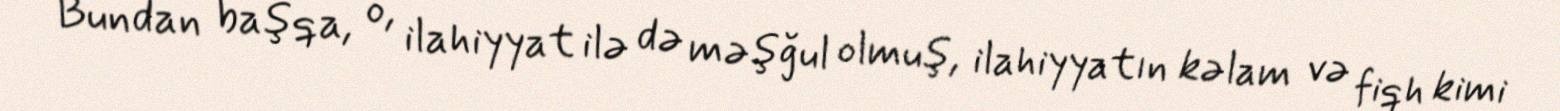
Bundan başqa, o, ilahiyyat ilə də məşğul olmuş, ilahiyyatın kəlam və fiqh kimi